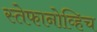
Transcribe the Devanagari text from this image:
स्तेफानोव्हिच